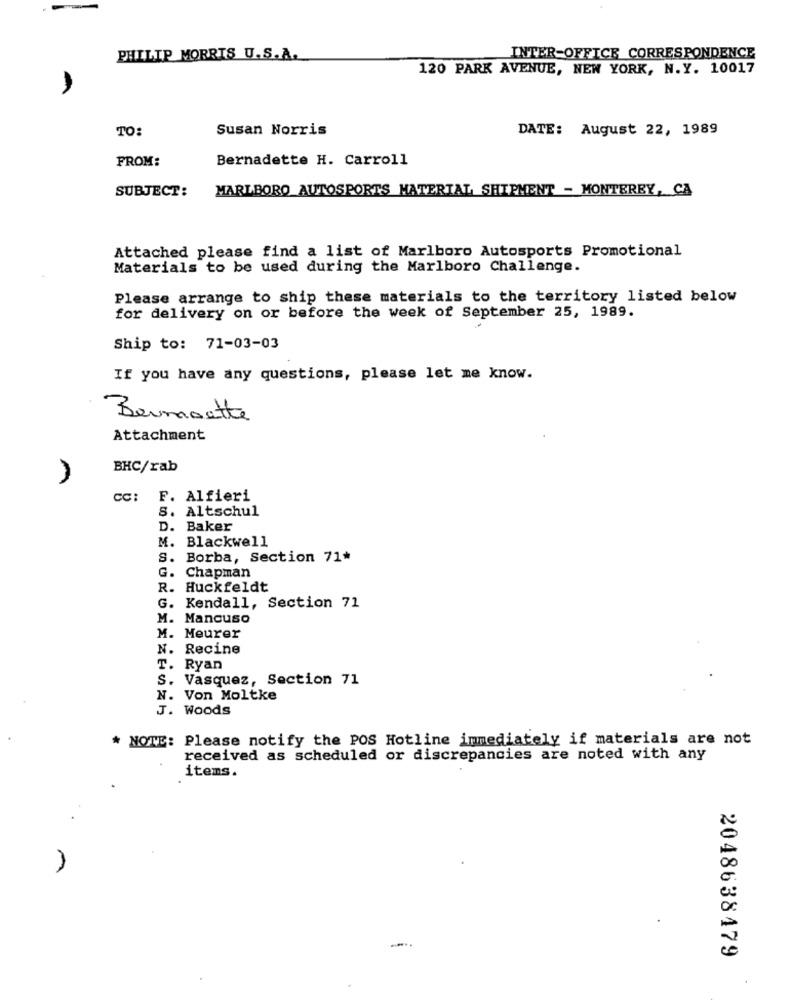
PHILIP MORRIS U.S.A.
INTER-OFFICE CORRESPONDENCE
120 PARK AVENUE, NEW YORK, N.Y. 10017
TO:
Susan Norris
DATE: August 22, 1989
FROM:
Bernadette H. Carroll
SUBJECT:
MARLBORO AUTOSPORTS MATERIAL SHIPMENT - MONTEREY, CA
Attached please find a list of Marlboro Autosports Promotional
Materials to be used during the Marlboro Challenge.
Please arrange to ship these materials to the territory listed below
for delivery on or before the week of September 25, 1989.
Ship to: 71-03-03
If you have any questions, please let me know.
Bermoette
Attachment
BHC/rab
CC:
F. Alfieri
S. Altschul
D. Baker
M. Blackwell
S. Borba, Section 71*
G. Chapman
R. Huckfeldt
G. Kendall, Section 71
M. Mancuso
M. Meurer
N. Recine
T. Ryan
S. Vasquez, Section 71
N. Von Moltke
J. Woods
* NOTE: Please notify the POS Hotline immediately if materials are not
received as scheduled or discrepancies are noted with any
items.
2048638479